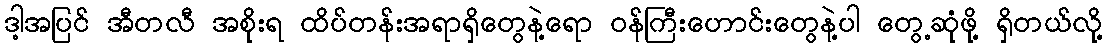
ဒါ့အပြင် အီတလီ အစိုးရ ထိပ်တန်းအရာရှိတွေနဲ့ရော ဝန်ကြီးဟောင်းတွေနဲ့ပါ တွေ့ဆုံဖို့ ရှိတယ်လို့